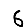
Digit: 6